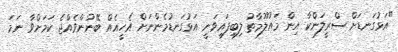
"އަޅުގަނޑަށް ސްރީލަންކާ އިން މައުލޫމާތު ލިބިފައިވަނީ އަޅުގަނޑުމެންނަށް އެހީއެއް ބޭނުންވެއްޖެ ކަމަށްވާ ނަމަ